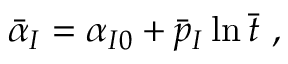
\bar { \alpha } _ { I } = \alpha _ { I 0 } + \bar { p } _ { I } \ln \bar { t } \ ,